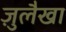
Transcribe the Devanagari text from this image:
ज़ुलैखा